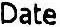
DATE